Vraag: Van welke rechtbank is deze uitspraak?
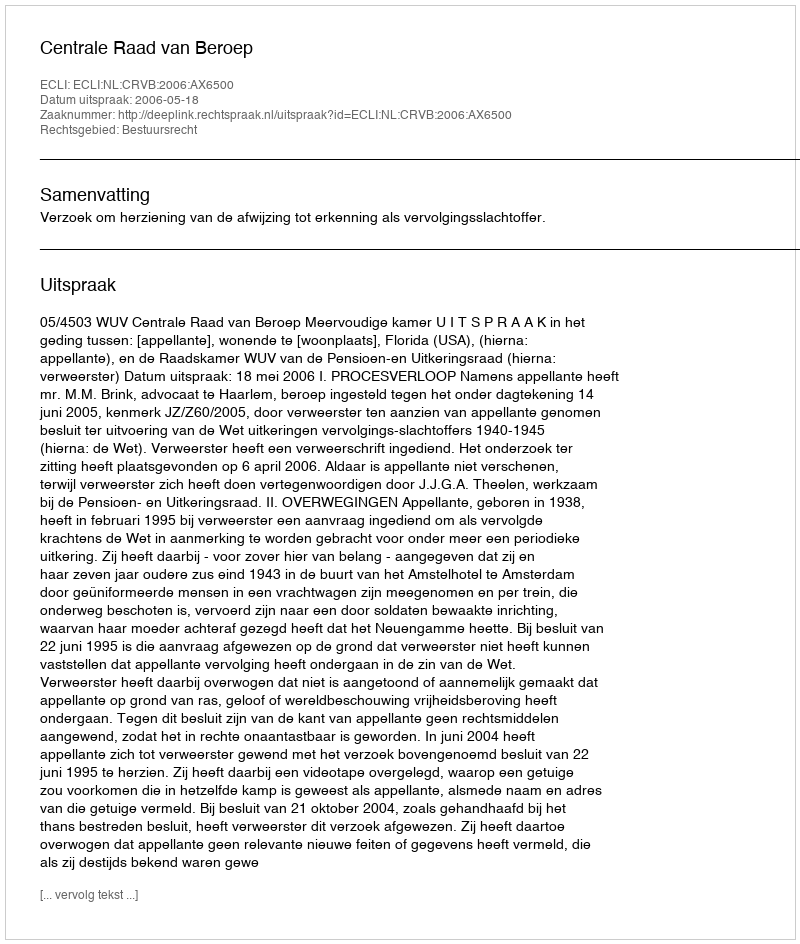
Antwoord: Centrale Raad van Beroep